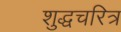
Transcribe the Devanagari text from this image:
शुद्धचरित्र